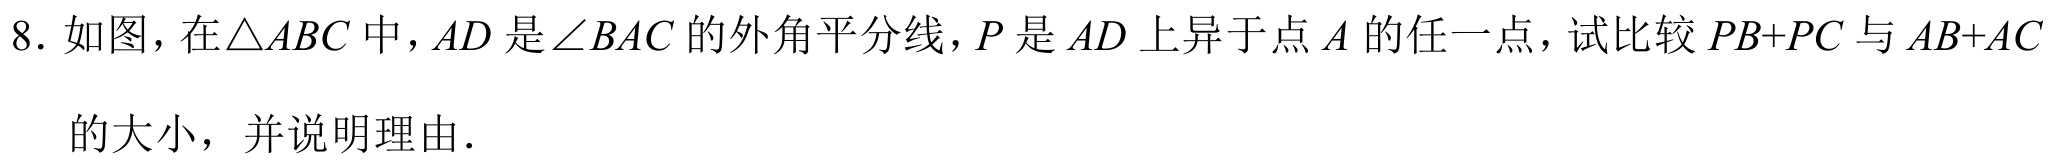
8. 如图，在$\triangle ABC$中，$AD$是$\angle BAC$的外角平分线，$P$是$AD$上异于点$A$的任一点，试比较$PB + PC$与$AB + AC$
的大小，并说明理由．